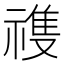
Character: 𬓏